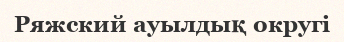
Ряжский ауылдық округі